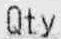
QTY